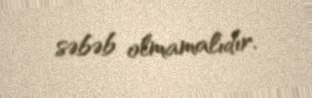
səbəb olmamalıdır.